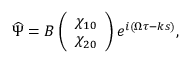
{ \widehat { \boldsymbol { \Psi } } } = B \left( \begin{array} { l } { \chi _ { 1 0 } } \\ { \chi _ { 2 0 } } \end{array} \right) e ^ { i { \left( \Omega \tau - k s \right) } } ,